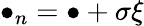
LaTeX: \bullet_{n}=\bullet+\sigma\xi